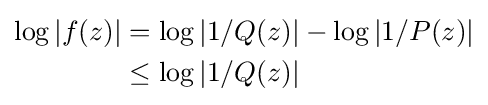
{\begin{aligned}\log |f(z)|&=\log |1/Q(z)|-\log |1/P(z)|\\&\leq \log |1/Q(z)|\end{aligned}}